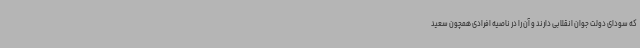
که سودای دولت جوان انقلابی دارند و آن را در ناصیه افرادی همچون سعید